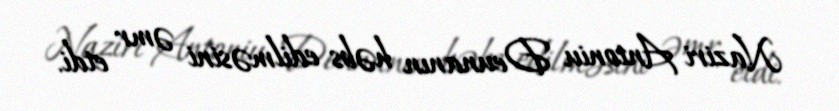
Naziri Antoniu Deunanın həbs edilməsini əmr etdi.